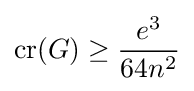
\operatorname {cr} (G)\geq {\frac {e^{3}}{64n^{2}}}